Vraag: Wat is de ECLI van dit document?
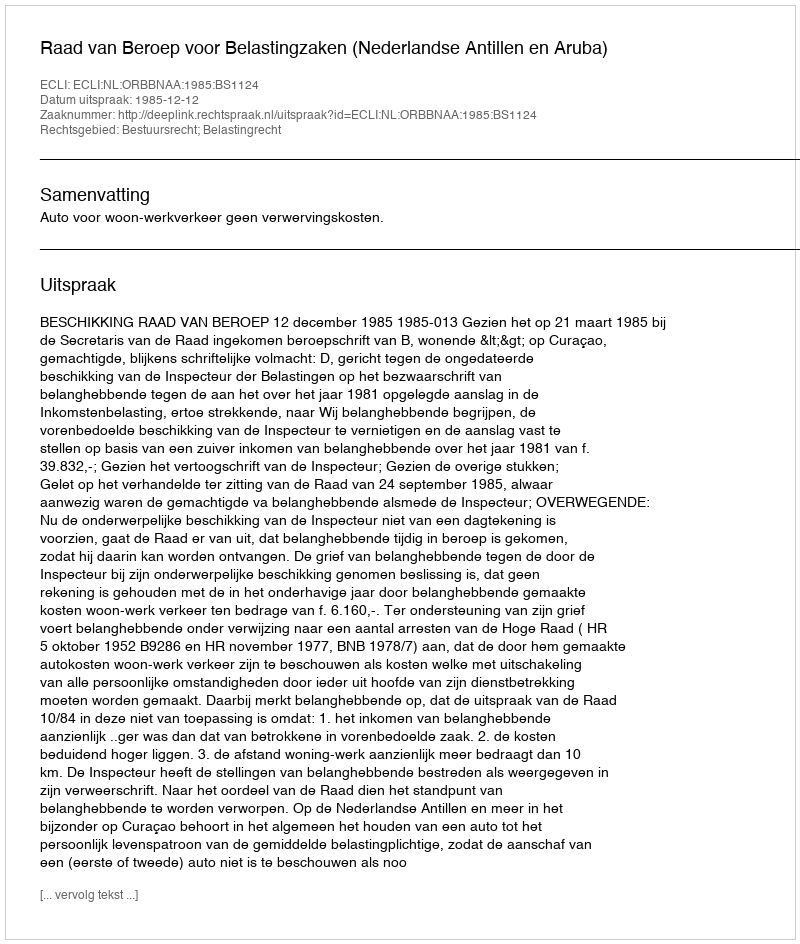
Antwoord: ECLI:NL:ORBBNAA:1985:BS1124